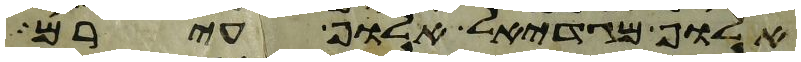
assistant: אלוף מגדאל אלוף עירם